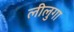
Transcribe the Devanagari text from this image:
लीलुगा